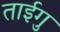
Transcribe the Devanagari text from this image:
ताईगु